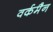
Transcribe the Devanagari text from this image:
वर्कमैन